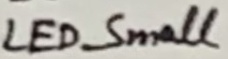
Text: LED_Small